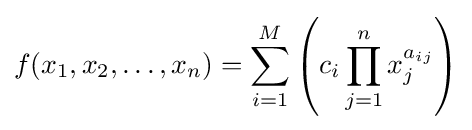
f(x_{1},x_{2},\dots ,x_{n})=\sum _{i=1}^{M}\left(c_{i}\prod _{j=1}^{n}x_{j}^{a_{ij}}\right)